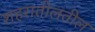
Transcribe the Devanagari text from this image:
शहरातीलतील